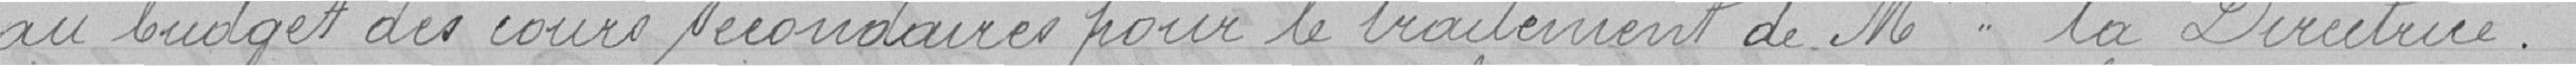
au budget des cours secondaires pour le traitement de Mme la Directrice.